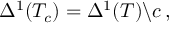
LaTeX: \Delta ^ { 1 } ( T _ { c } ) = \Delta ^ { 1 } ( T ) \backslash c \, ,